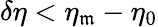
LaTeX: \delta\eta<\eta_{\mathfrak{m}}-\eta_{0}